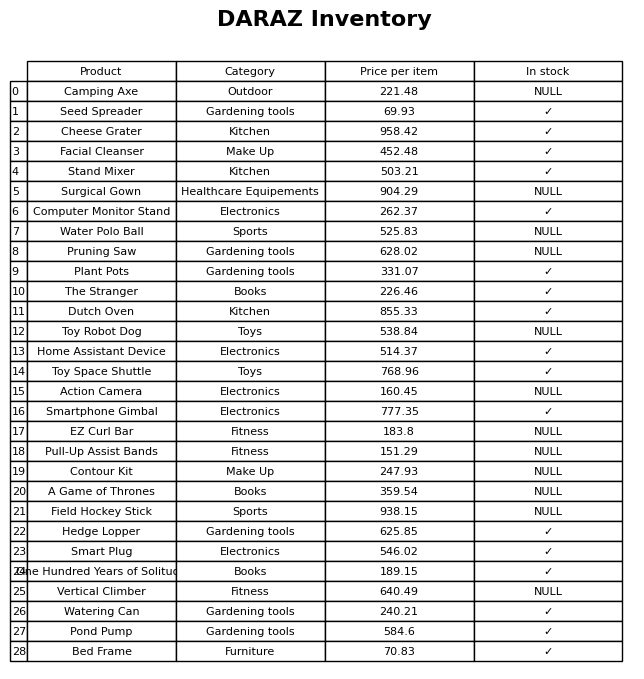
question: What is the stock status of the EZ Curl Bar?
answer: NULL